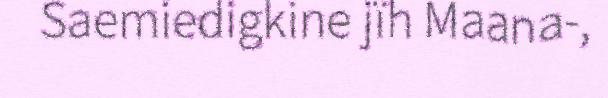
Saemiedigkine jïh Maana-,